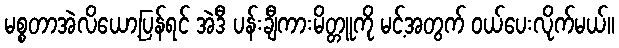
မစ္စတာအဲလိယော့ပြန်ရင် အဲဒီ ပန်းချီကားမိတ္တူကို မင့်အတွက် ဝယ်ပေးလိုက်မယ်။